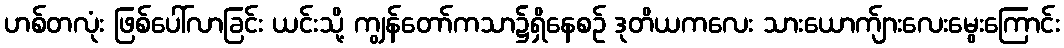
ဟစ်တလုံး ဖြစ်ပေါ်လာခြင်း ယင်းသို့ ကျွန်တော်ကသာ၌ရှိနေစဉ် ဒုတိယကလေး သားယောက်ျားလေးမွေးကြောင်း